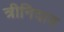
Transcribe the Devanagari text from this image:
त्रीनिदाद